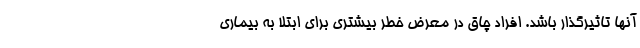
آنها تاثیرگذار باشد. افراد چاق در معرض خطر بیشتری برای ابتلا به بیماری